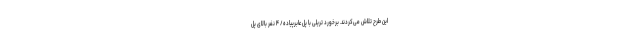
این طرح تلاش می‌کردند. برخورد تریلی با پل عابرپیاده/ ۴ نفر بالای پل